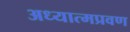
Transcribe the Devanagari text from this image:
अध्यात्मप्रवण